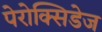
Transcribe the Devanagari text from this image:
पेरोक्सिडेज